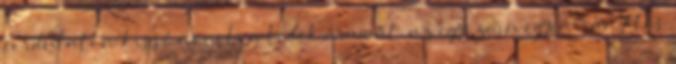
fordulaton kissé növeli a ledek áramát, az egyszerû egyenirányítós